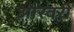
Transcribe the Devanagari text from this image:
औरवरी